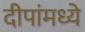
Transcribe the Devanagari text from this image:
दीपांमध्ये